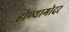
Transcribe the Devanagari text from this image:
होण्यागोदर